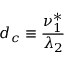
d _ { c } \equiv \frac { \nu _ { 1 } ^ { * } } { \lambda _ { 2 } }